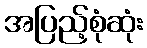
အပြည့်စုံဆုံး